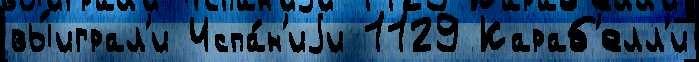
вы́играл'и Испа́н'иjи 1129 Караб'елл'и